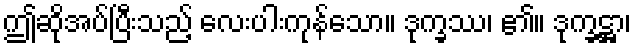
ဤဆိုအပ်ပြီးသည့် လေးပါးကုန်သော။ ဒုက္ခဿ၊ ၏။ ဒုက္ခဋ္ဌာ၊